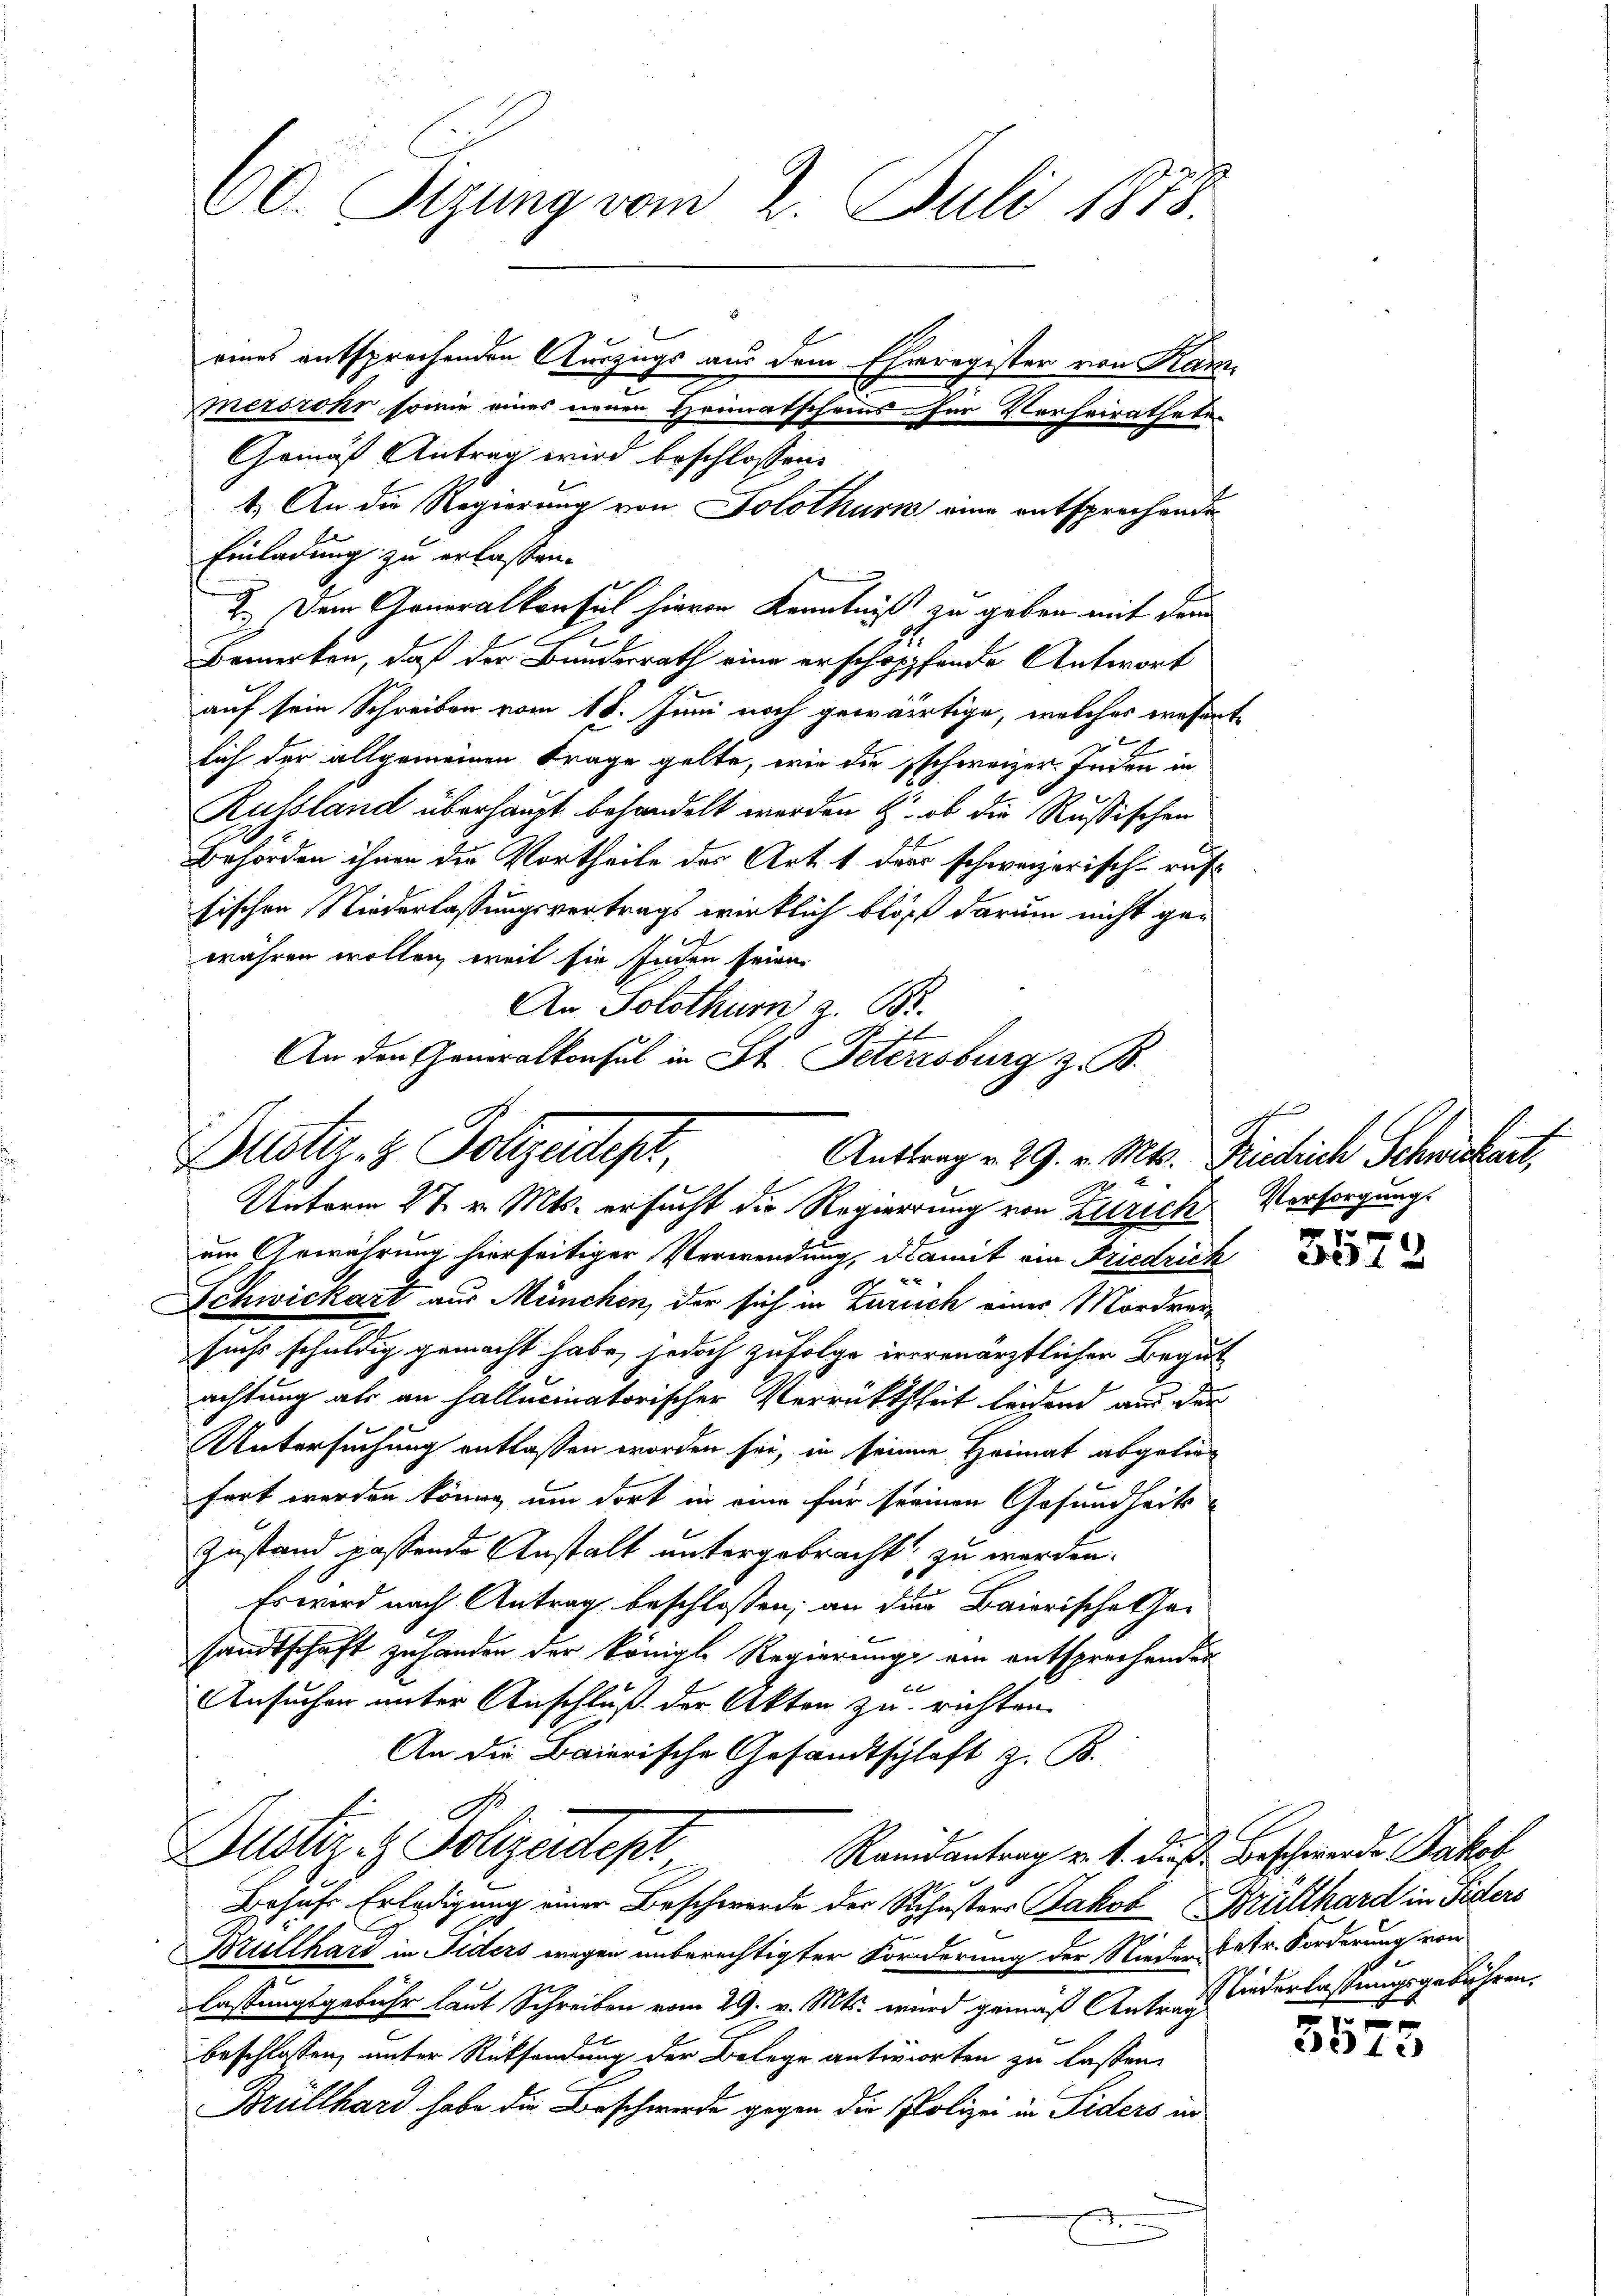
auf sein Schreiben vom 18. Juni noch gewärtige, welches wesent
1
lich der allgemeinen Frage gelte, wie die schweizer. Inden in
Russland überhaupt behandelt werden & ob die Rußischen
Behörden ihnen die Vortheile des Art. 1 ders schweizerisch-rufsischen Niederlassungsvertrags wirklich bloß darum nicht gewähren wollen, weil sie inden seine
An Solothurn, z. B.
N. 11
An den Generalkonsul in St. Petersburg z. B.

60. Sizung vom 2. Juli 1875.
15
eines entsprechenden Auszugs aus dem Eheregister von Kam
mersrohr sowie eines neuen Heimatscheins für Verheiratheten
Gemäß Antrag wird beschlossen:
1.) An die Regierung von Solothurn eine entsprechende
Einladung zu erlassen.
2.) Dem Generalkonsul hievon Kenntniß zu geben mit dem
bemerken, daß der Bundesrath eine erschöppfende Antwort

Buster. z. Polizeites,
Anttrag v. 29. v. Mts. Friedrich Schwickart,

Unterm 27. v. Mts. ersucht die Regierung von Zürich Versorgungs

um Gewährung hierseitiger Verwendung, damit ein Friedrick
Schwickart aus München, der sich in Zürich einer Mordversuchs schuldig gemacht habe, jedoch zufolge irerenärztlicher Begut
achtung als an hallicinatorischer Verrütthheit leidend aus der
Untersuchung entlassen worden sei, in seinen Heimat abgeliefert werden könne, um dort in eine für seinen Gesundheits
Zustand passende Anstalt untergebracht, zu werden.
Es wird nach Antrag beschlossen; an der Baierische Gesandtschaft zu handen der königl. Regierungs ein entsprechenden
2
Ansucher unter Anschluß der Akten zu richten.
An die Baierische Gesandtschlaft z. B.
E
Dustiz- & Polizeidepr
Randantrag v. 1. dieß. Beschwerde Jakob
Behufs Erledigung einer Beschwerde der Schusters Jakob Brütthard in Fiders
Brullhard in Fiders wegen unberechtigter Forderung der Nieder betr. Forderung von
lassungsgebühr laut Schreiben vom 29. v. Mts. wird gemäß Antrag wiederlaßungsgebühren.
beschlossen, unter Rücksendung der Belege antiirten zu lassen.
Brüllhard habe die Beschwerde gegen die Polizei in Siders in

e

3572

3575